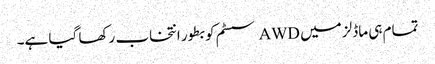
تمام ہی ماڈلز میں AWD سسٹم کو بطور انتخاب رکھا گیا ہے۔